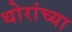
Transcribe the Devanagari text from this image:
थोरांच्या